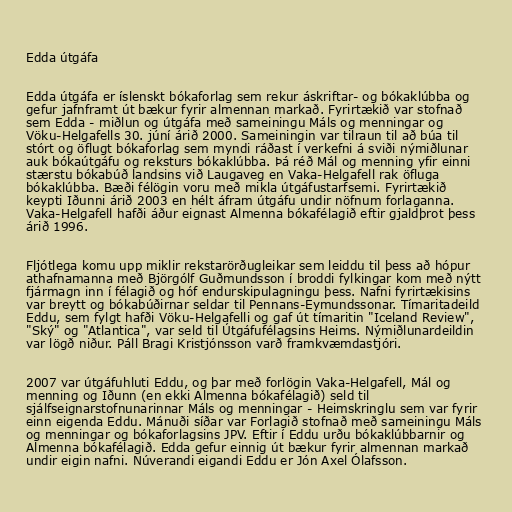
Edda útgáfa

Edda útgáfa er íslenskt bókaforlag sem rekur áskriftar- og bókaklúbba og
gefur jafnframt út bækur fyrir almennan markað. Fyrirtækið var stofnað
sem Edda - miðlun og útgáfa með sameiningu Máls og menningar og
Vöku-Helgafells 30. júní árið 2000. Sameiningin var tilraun til að búa til
stórt og öflugt bókaforlag sem myndi ráðast í verkefni á sviði nýmiðlunar
auk bókaútgáfu og reksturs bókaklúbba. Þá réð Mál og menning yfir einni
stærstu bókabúð landsins við Laugaveg en Vaka-Helgafell rak öfluga
bókaklúbba. Bæði félögin voru með mikla útgáfustarfsemi. Fyrirtækið
keypti Iðunni árið 2003 en hélt áfram útgáfu undir nöfnum forlaganna.
Vaka-Helgafell hafði áður eignast Almenna bókafélagið eftir gjaldþrot þess
árið 1996.

Fljótlega komu upp miklir rekstarörðugleikar sem leiddu til þess að hópur
athafnamanna með Björgólf Guðmundsson í broddi fylkingar kom með nýtt
fjármagn inn í félagið og hóf endurskipulagningu þess. Nafni fyrirtækisins
var breytt og bókabúðirnar seldar til Pennans-Eymundssonar. Tímaritadeild
Eddu, sem fylgt hafði Vöku-Helgafelli og gaf út tímaritin "Iceland Review",
"Ský" og "Atlantica", var seld til Útgáfufélagsins Heims. Nýmiðlunardeildin
var lögð niður. Páll Bragi Kristjónsson varð framkvæmdastjóri.

2007 var útgáfuhluti Eddu, og þar með forlögin Vaka-Helgafell, Mál og
menning og Iðunn (en ekki Almenna bókafélagið) seld til
sjálfseignarstofnunarinnar Máls og menningar - Heimskringlu sem var fyrir
einn eigenda Eddu. Mánuði síðar var Forlagið stofnað með sameiningu Máls
og menningar og bókaforlagsins JPV. Eftir í Eddu urðu bókaklúbbarnir og
Almenna bókafélagið. Edda gefur einnig út bækur fyrir almennan markað
undir eigin nafni. Núverandi eigandi Eddu er Jón Axel Ólafsson.